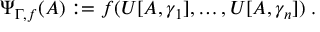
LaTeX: \Psi _ { \Gamma , f } ( A ) : = f ( U [ A , \gamma _ { 1 } ] , \ldots , U [ A , \gamma _ { n } ] ) \; .